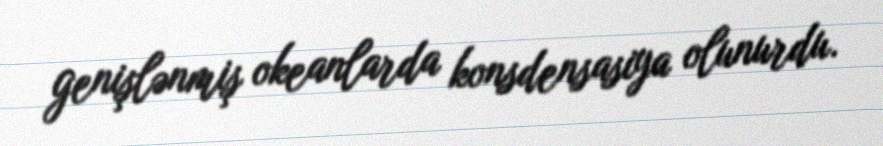
genişlənmiş okeanlarda konsdensasiya olunurdu.